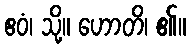
ဧဝံ၊ သို့။ ဟောတိ၊ ၏။